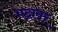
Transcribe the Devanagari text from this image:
भद्रावर